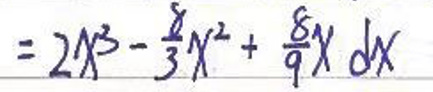
$= 2 x ^ { 3 } - \frac { 8 } { 3 } x ^ { 2 } + \frac { 8 } { 9 } x d x$